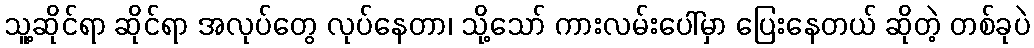
သူ့ဆိုင်ရာ ဆိုင်ရာ အလုပ်တွေ လုပ်နေတာ၊ သို့သော် ကားလမ်းပေါ်မှာ ပြေးနေတယ် ဆိုတဲ့ တစ်ခုပဲ